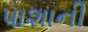
પાશાની